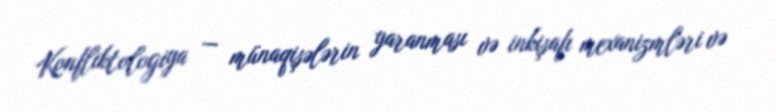
Konfliktologiya — münaqişələrin yaranması və inkişafı mexanizmləri və